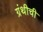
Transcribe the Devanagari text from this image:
ग्रंथीची